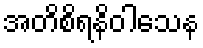
အတိစိရနိဝါသေန